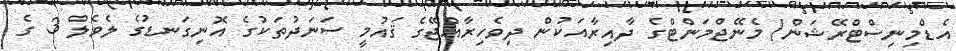
އެޑްމިނިސްޓްރޭޝަން/ މެނޭޖްމަންޓްގެ ދާއިރާއަކުން ދިވެހިރާއްޖޭގެ ޤައުމީ ސަނަދުތަކުގެ އޮނިގަނޑުގެ ލެވެލް 3 ގެ